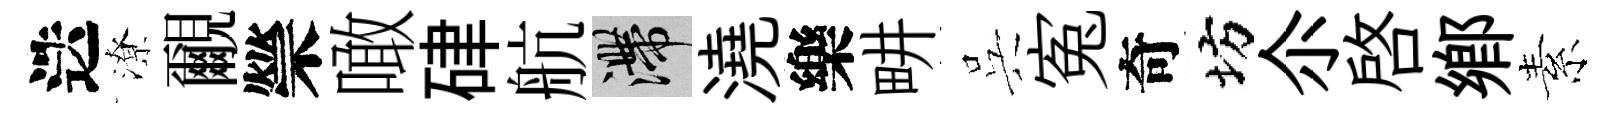
迭潦覼禜噉硉航滯澆樂畊呉寃奇坊尒啓郷素